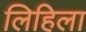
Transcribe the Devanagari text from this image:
लिहिला